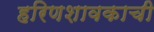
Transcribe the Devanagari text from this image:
हरिणशावकाची